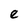
Character: e